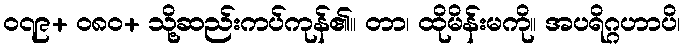
၀၇၉+ ၀၈၀+ သို့ဆည်းကပ်ကုန်၏။ တာ၊ ထိုမိန်းမကို။ အပရိဂ္ဂဟာပိ၊